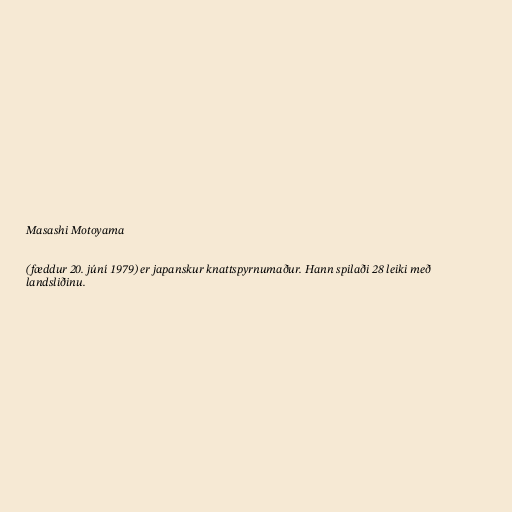
Masashi Motoyama

(fæddur 20. júní 1979) er japanskur knattspyrnumaður. Hann spilaði 28 leiki með
landsliðinu.